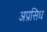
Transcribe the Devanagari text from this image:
अप्रसिध